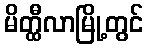
မိတ္ထီလာမြို့တွင်